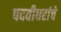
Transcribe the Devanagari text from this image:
पदवीधरांचे